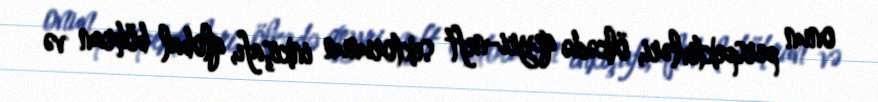
onun perspektivləri, ölkədə qeyri-neft sektorunun inkişafı, qlobal böhran və